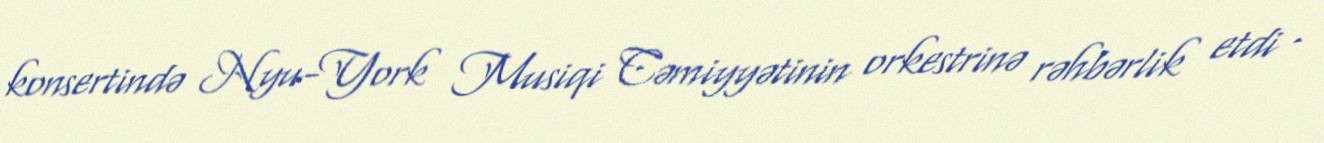
konsertində Nyu-York Musiqi Cəmiyyətinin orkestrinə rəhbərlik etdi .